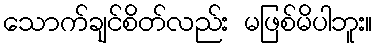
သောက်ချင်စိတ်လည်း မဖြစ်မိပါဘူး။